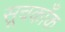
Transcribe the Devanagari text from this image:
सूचकाँक